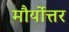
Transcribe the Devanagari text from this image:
मौर्योत्तर